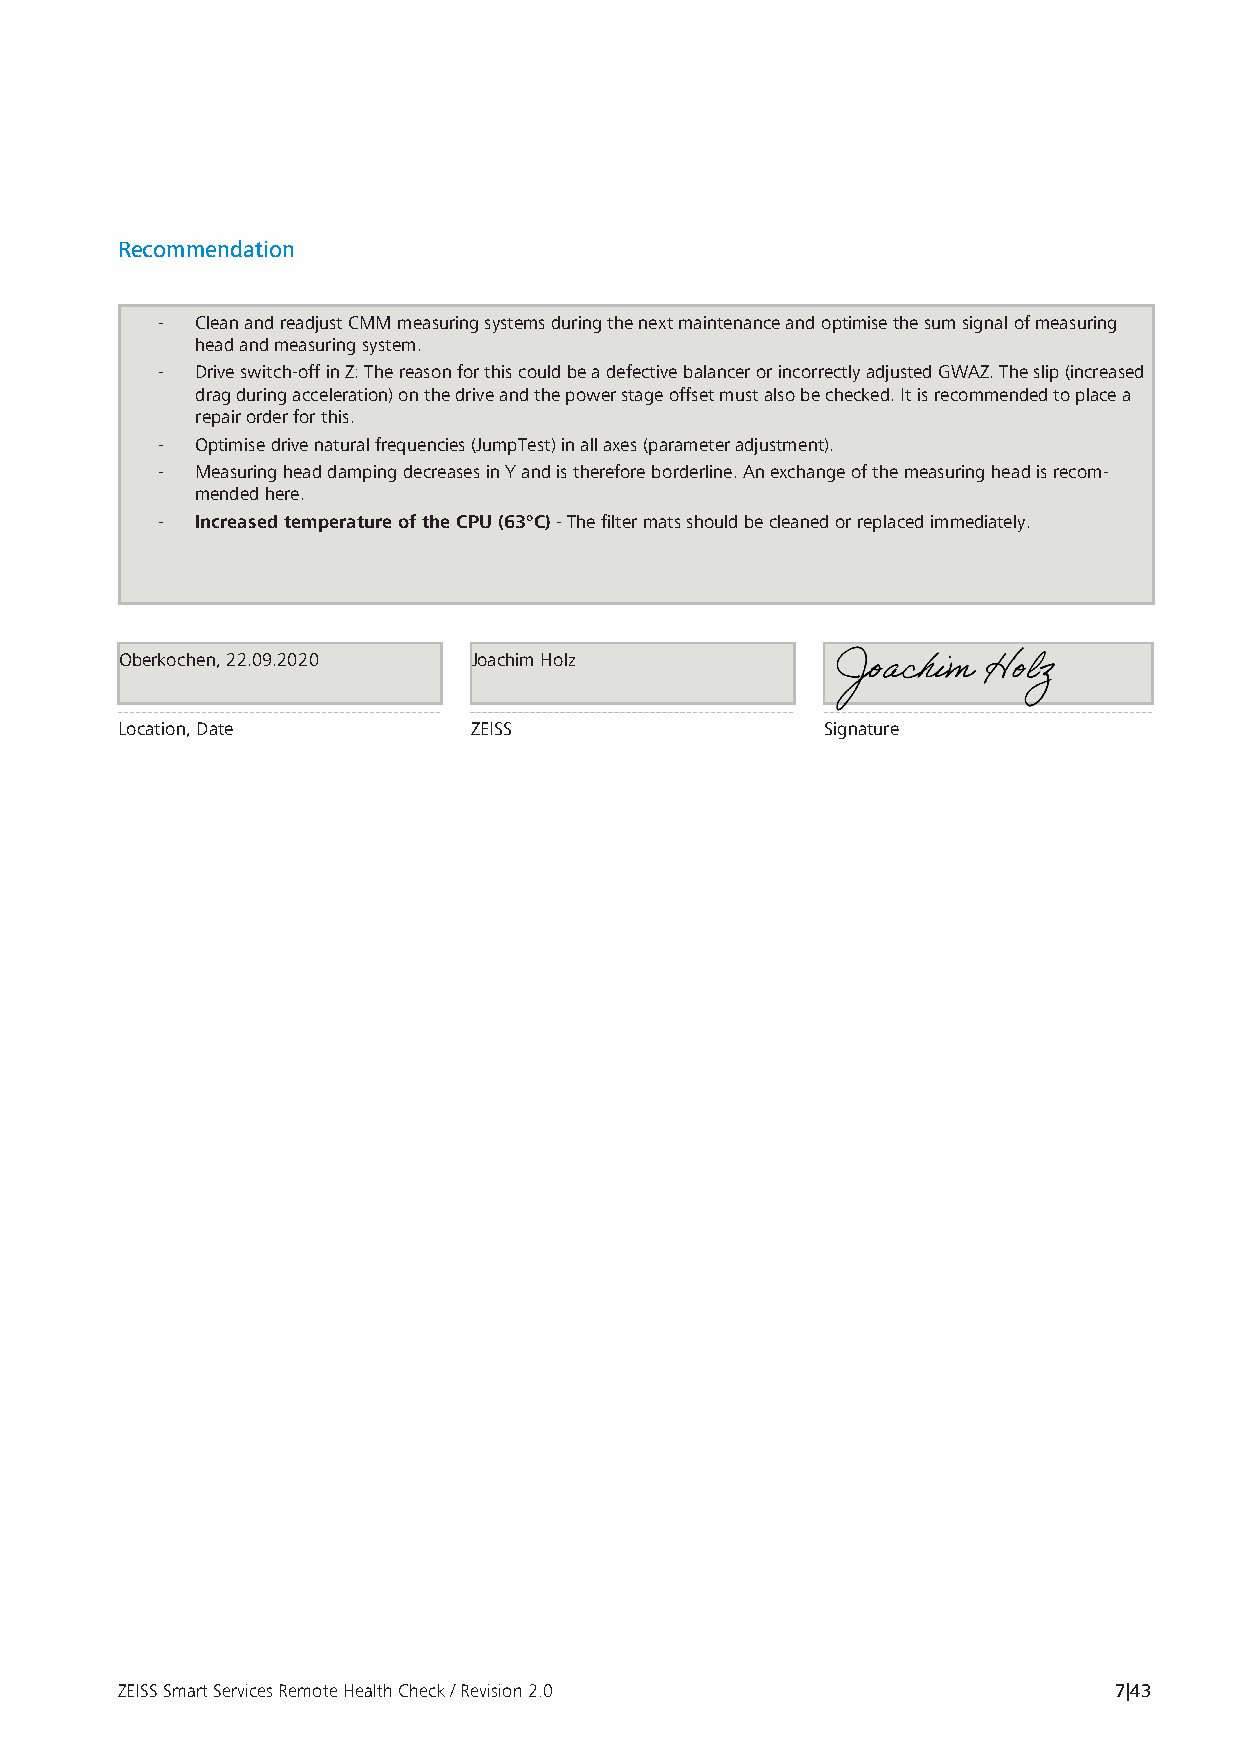
Recommendation
 -  Clean and readjust CMM measuring systems during the next maintenance and optimise the sum signal of measuring
 head and measuring system.
 -  Drive switch-off in Z: The reason for this could be a defective balancer or incorrectly adjusted GWAZ. The slip (increased
 drag during acceleration) on the drive and the power stage offset must also be checked. It is recommended to place a
 repair order for this.
 -  Optimise drive natural frequencies (JumpTest) in all axes (parameter adjustment).
 -  Measuring head damping decreases in Y and is therefore borderline. An exchange of the measuring head is recom-
 mended here.
 -  Increased temperature of the CPU (63°C) - The filter mats should be cleaned or replaced immediately.
 Oberkochen, 22.09.2020 Joachim Holz
 Location, Date         ZEISS                   Signature
 ZEISS Smart Services Remote Health Check / Revision 2.0           7|43